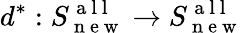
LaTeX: d^{*}:S_{\mathrm{~n~e~w~}}^{\mathrm{~a~l~l~}}\to S_{\mathrm{~n~e~w~}}^{\mathrm{~a~l~l~}}